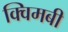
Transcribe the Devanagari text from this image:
क्विमबी